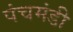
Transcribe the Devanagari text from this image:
पंचमंडी